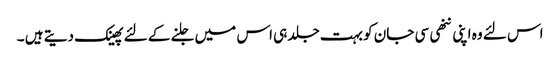
اس لئے وہ اپنی ننھی سی جان کو بہت جلد ہی اس میں جلنے کے لئے پھینک دیتے ہیں ۔